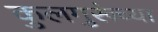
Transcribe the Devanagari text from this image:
कुलगुरूंच्या